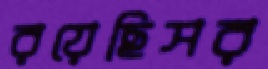
রয়েছিসর